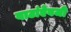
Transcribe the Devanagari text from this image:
वाटांऐवजी